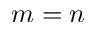
m = n